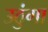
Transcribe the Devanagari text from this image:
उठुंगा